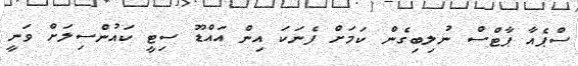
ސްޕެއާ ޕާޓްސް ނުލިބިގެން ކަމަށް ފެނަކަ އިން އައްޑޫ ސިޓީ ކައުންސިލަށް ވަނީ